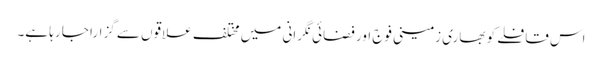
اس قافلے کو بھاری زمینی فوج اور فضائی نگرانی میں مختلف علاقوں سے گزارا جا رہا ہے۔